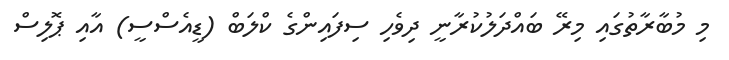
މި މުބާރާތުގައި މިރޭ ބައްދަލުކުރާނީ ދިވެހި ސިފައިންގެ ކްލަބް (ޑީއެސްސީ) އާއި ޕޮލިސް